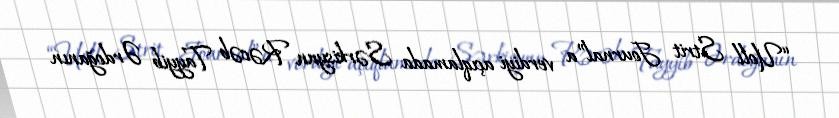
“Uoll Strit Journal”a verdiyi açıqlamada Sərkisyan Rəcəb Tayyib Ərdoğanın